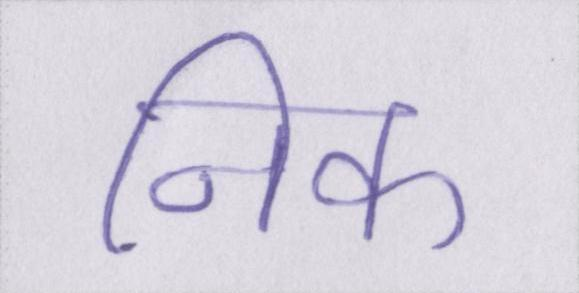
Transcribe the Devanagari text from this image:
निक